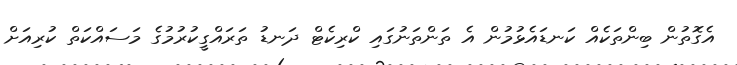
އެގޮތުން ބިންތަކެއް ކަނޑައެޅުމުން އެ ތަންތަނުގައި ކްރިކެޓް ދަނޑު ތަރައްގީކުރުމުގެ މަސައްކަތް ކުރިއަށް